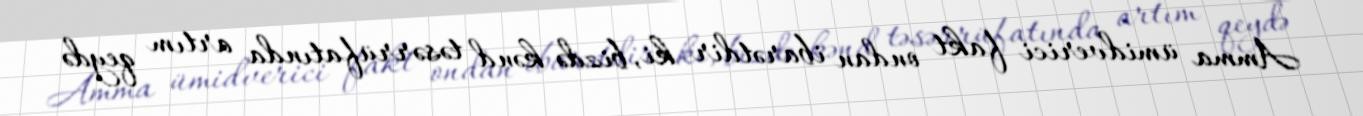
Amma ümidverici fakt ondan ibarətdir ki, bizdə kənd təsərrüfatında artım qeydə